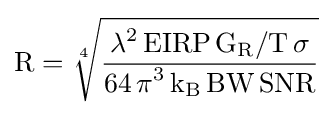
{\mathrm {R={\sqrt[{4}]{\frac {\displaystyle {\mathrm {\lambda ^{2}\,EIRP\,G_{R}/T\,\sigma } }}{\mathrm {\displaystyle 64\,\pi ^{3}\,k_{B}\,BW\,SNR} }}}} }